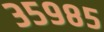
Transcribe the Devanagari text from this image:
३५९८५